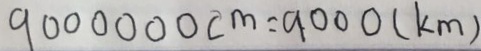
9 0 0 0 0 0 0 c m = 9 0 0 0 ( k m )